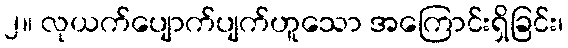
၂။ လုယက်ပျောက်ပျက်ဟူသော အကြောင်းရှိခြင်း၊